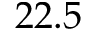
2 2 . 5